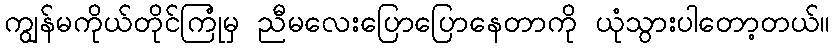
ကျွန်မကိုယ်တိုင်ကြုံမှ ညီမလေးပြောပြောနေတာကို ယုံသွားပါတော့တယ်။